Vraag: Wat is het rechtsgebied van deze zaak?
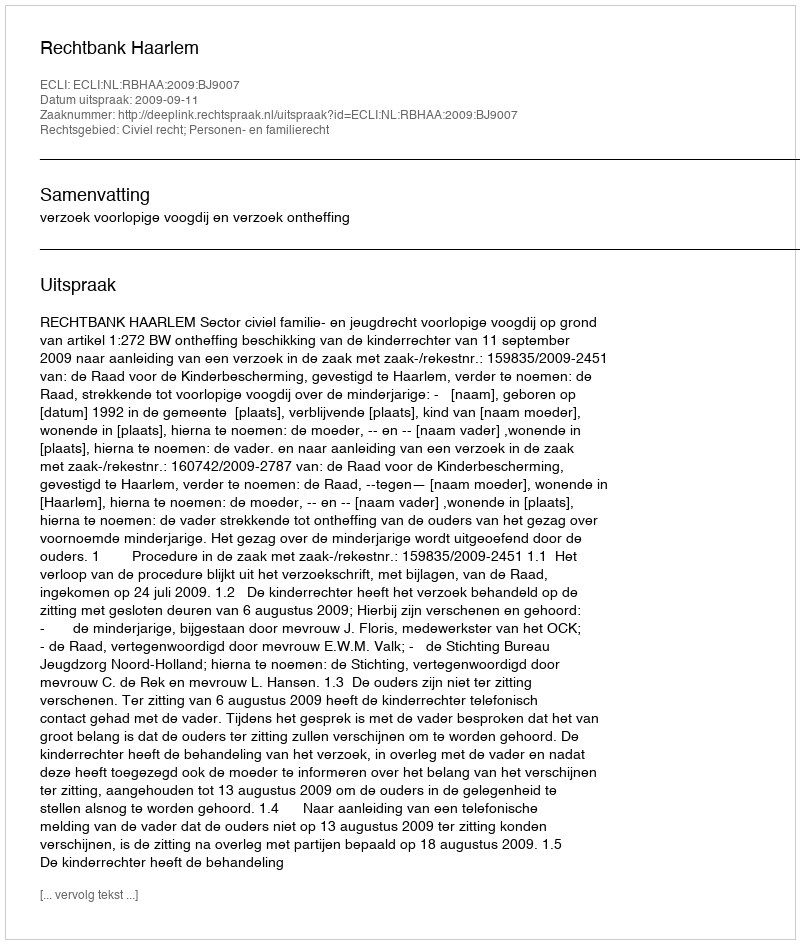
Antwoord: Civiel recht; Personen- en familierecht